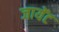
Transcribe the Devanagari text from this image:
जायेंट